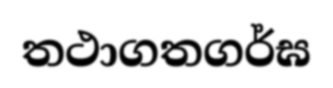
තථාගතගර්ඝ